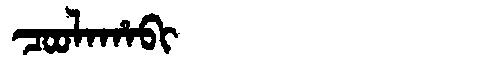
Manchu: ᠴᠣᠣᠯᠠᡥᠠᠪᡳ
Romanization: COOLAHABI